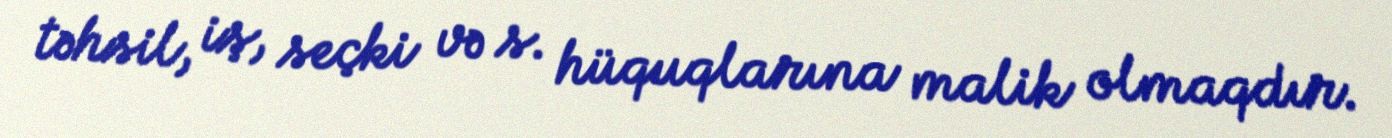
təhsil, iş, seçki və s. hüquqlarına malik olmaqdır.